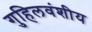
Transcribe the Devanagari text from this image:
गुहिलवंशीय